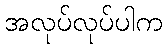
အလုပ်လုပ်ပါက